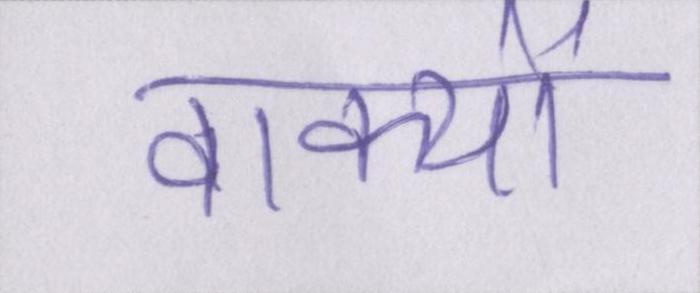
वाक्यों